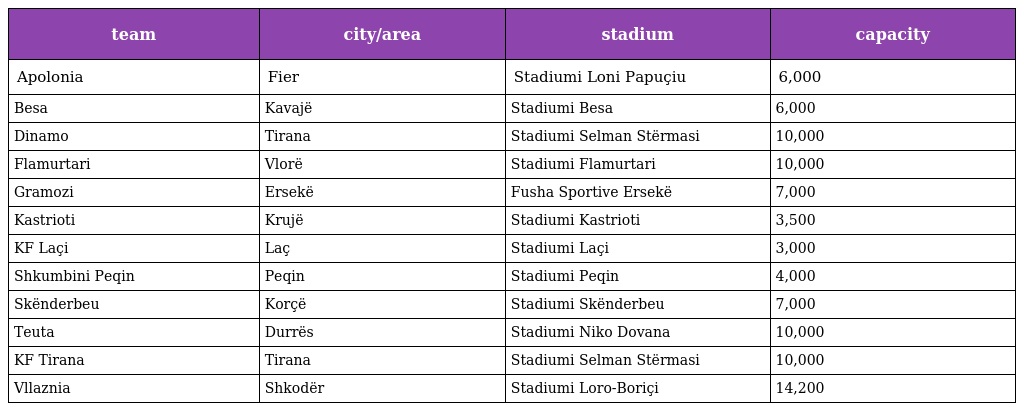
| team | city/area | stadium | capacity |
 | --- | --- | --- | --- |
 | Apolonia | Fier | Stadiumi Loni Papuçiu | 6,000 |
 | Besa | Kavajë | Stadiumi Besa | 6,000 |
 | Dinamo | Tirana | Stadiumi Selman Stërmasi | 10,000 |
 | Flamurtari | Vlorë | Stadiumi Flamurtari | 10,000 |
 | Gramozi | Ersekë | Fusha Sportive Ersekë | 7,000 |
 | Kastrioti | Krujë | Stadiumi Kastrioti | 3,500 |
 | KF Laçi | Laç | Stadiumi Laçi | 3,000 |
 | Shkumbini Peqin | Peqin | Stadiumi Peqin | 4,000 |
 | Skënderbeu | Korçë | Stadiumi Skënderbeu | 7,000 |
 | Teuta | Durrës | Stadiumi Niko Dovana | 10,000 |
 | KF Tirana | Tirana | Stadiumi Selman Stërmasi | 10,000 |
 | Vllaznia | Shkodër | Stadiumi Loro-Boriçi | 14,200 |